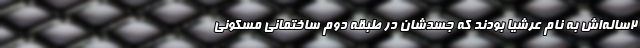
۲ساله‌اش به نام عرشیا بودند که جسدشان در طبقه دوم ساختمانی مسکونی